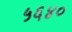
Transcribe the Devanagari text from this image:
५६४०